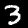
Label: 3